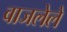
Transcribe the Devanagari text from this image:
वाजलेले